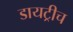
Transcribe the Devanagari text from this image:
डायट्रीच